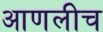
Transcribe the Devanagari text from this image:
आणलीच